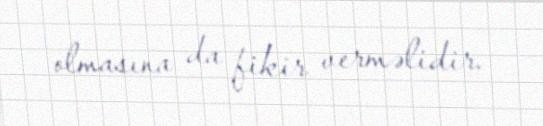
olmasına da fikir verməlidir.